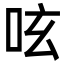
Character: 呟